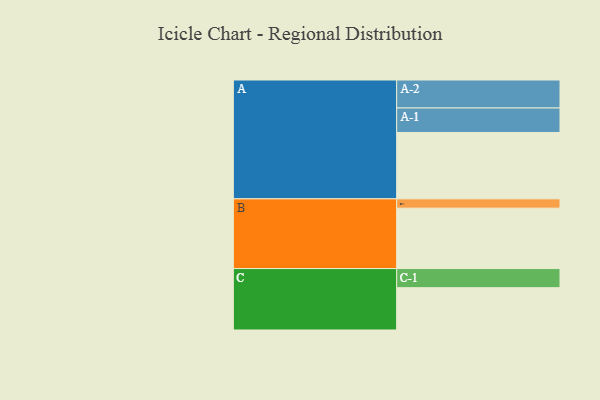
{"axis": {"x": "Segment", "y": "Value"}, "legend": ["", "A", "B", "C"], "data": [{"x": "A", "y": 593, "type": ""}, {"x": "B", "y": 540, "type": ""}, {"x": "C", "y": 378, "type": ""}, {"x": "A-1", "y": 219, "type": "A"}, {"x": "A-2", "y": 250, "type": "A"}, {"x": "B-1", "y": 83, "type": "B"}, {"x": "C-1", "y": 171, "type": "C"}]}